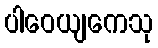
ပါဝေယျကေသု